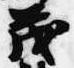
茂